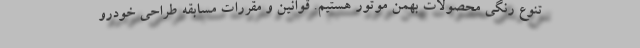
تنوع رنگی محصولات بهمن موتور هستیم. قوانین و مقررات مسابقه طراحی خودرو